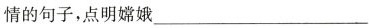
情的句子，点明嫦娥___